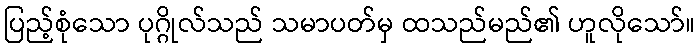
ပြည့်စုံသော ပုဂ္ဂိုလ်သည် သမာပတ်မှ ထသည်မည်၏ ဟူလိုသော်။